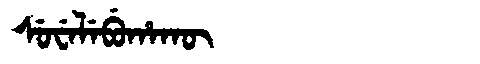
Manchu: ᠰᡠᠸᡝᠯᡝᠪᡠᡥᠠᡴᡡ
Romanization: SUWELEBUHAKŪ